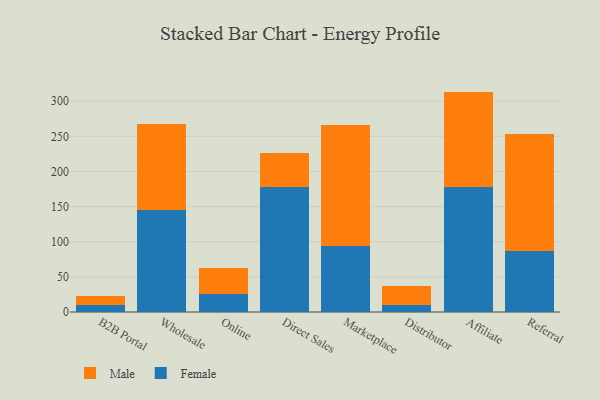
{"axis": {"x": "Channel", "y": "Revenue (USD Million)"}, "legend": ["Female", "Male"], "data": [{"x": "B2B Portal", "y": 9.6, "type": "Female"}, {"x": "B2B Portal", "y": 12.7, "type": "Male"}, {"x": "Wholesale", "y": 144.7, "type": "Female"}, {"x": "Wholesale", "y": 123.6, "type": "Male"}, {"x": "Online", "y": 25.9, "type": "Female"}, {"x": "Online", "y": 37.1, "type": "Male"}, {"x": "Direct Sales", "y": 178.6, "type": "Female"}, {"x": "Direct Sales", "y": 47.2, "type": "Male"}, {"x": "Marketplace", "y": 94.5, "type": "Female"}, {"x": "Marketplace", "y": 171.2, "type": "Male"}, {"x": "Distributor", "y": 9.4, "type": "Female"}, {"x": "Distributor", "y": 27.7, "type": "Male"}, {"x": "Affiliate", "y": 178.1, "type": "Female"}, {"x": "Affiliate", "y": 135.6, "type": "Male"}, {"x": "Referral", "y": 87.3, "type": "Female"}, {"x": "Referral", "y": 166.6, "type": "Male"}]}